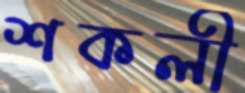
শকলী